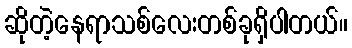
ဆိုတဲ့နေရာသစ်လေးတစ်ခုရှိပါတယ်။